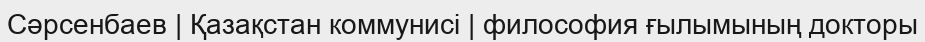
Cәрсенбаев | Қазақстан коммунисі | философия ғылымының докторы